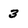
Character: 3